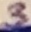
Text: 3